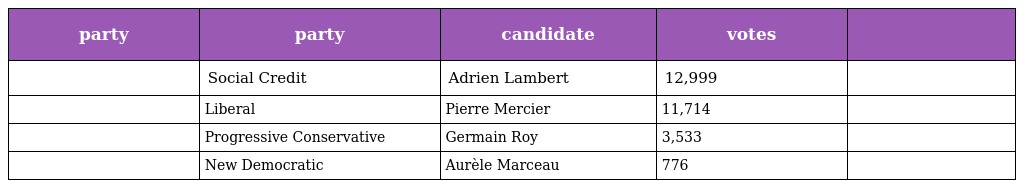
| party | party | candidate | votes |  |
 | --- | --- | --- | --- | --- |
 |  | Social Credit | Adrien Lambert | 12,999 |  |
 |  | Liberal | Pierre Mercier | 11,714 |  |
 |  | Progressive Conservative | Germain Roy | 3,533 |  |
 |  | New Democratic | Aurèle Marceau | 776 |  |